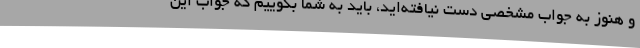
و هنوز به جواب مشخصی دست نیافته‌اید، باید به شما بگوییم که جواب این